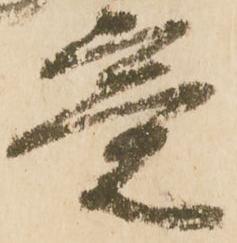
意